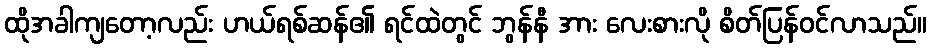
ထိုအခါကျတော့လည်း ဟယ်ရစ်ဆန်၏ ရင်ထဲတွင် ဘွန်နီ အား လေးစားလို စိတ်ပြန်ဝင်လာသည်။